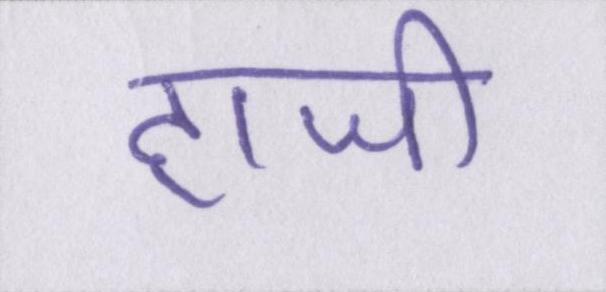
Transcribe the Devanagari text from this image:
हाजी